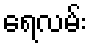
ရေလမ်း